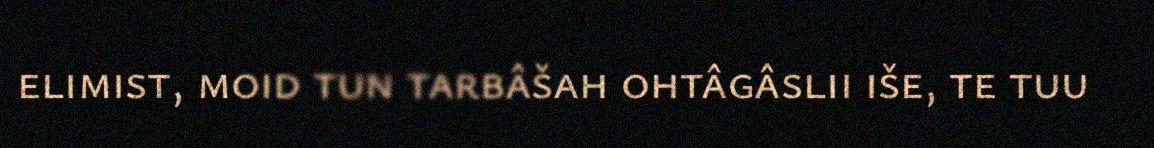
elimist, moid tun tarbâšah ohtâgâslii iše, te tuu